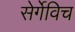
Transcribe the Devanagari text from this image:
सेर्गेविच